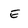
Character: E